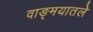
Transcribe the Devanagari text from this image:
वाङ्मयातले